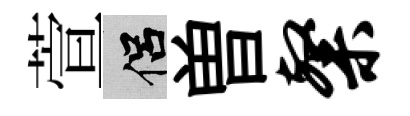
萱侣曽粲